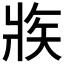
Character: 𤕼